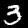
Digit: 3